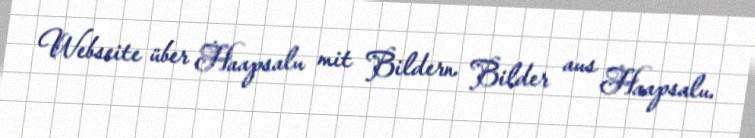
Webseite über Haapsalu mit Bildern Bilder aus Haapsalu.